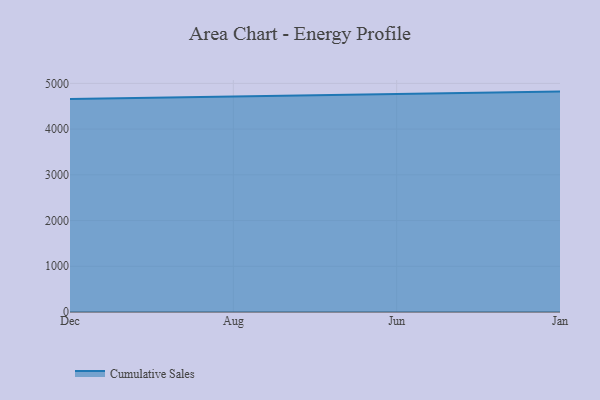
{"axis": {"x": "Month", "y": "Operating Costs (USD K)"}, "legend": ["Cumulative Sales"], "data": [{"x": "Dec", "y": 4656.9, "type": "Cumulative Sales"}, {"x": "Aug", "y": 4714.8, "type": "Cumulative Sales"}, {"x": "Jun", "y": 4761.0, "type": "Cumulative Sales"}, {"x": "Jan", "y": 4820.2, "type": "Cumulative Sales"}]}